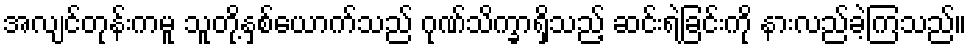
အလျင်တုန်းကမူ သူတို့နှစ်ယောက်သည် ဂုဏ်သိက္ခာရှိသည့် ဆင်းရဲခြင်းကို နားလည်ခဲ့ကြသည်။